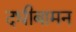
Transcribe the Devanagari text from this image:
दधीबामन